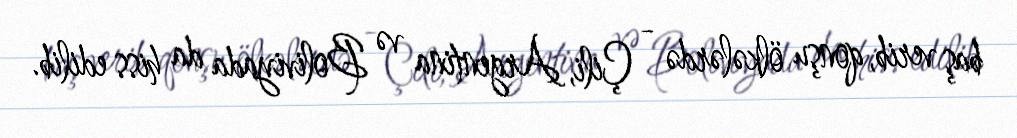
baş verib, qonşu ölkələrdə - Çili, Argentina və Boliviyada da hiss edilib.